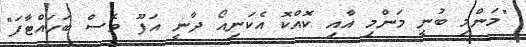
"މަންމި ބުނީ މަންމި އާއި ކޮއްކޮ އެކަނިއޯ ދާނީ އަފޫ ވެސް ބަހައްޓާފަ"